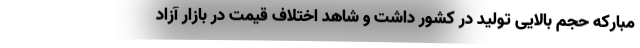
مبارکه حجم بالایی تولید در کشور داشت و شاهد اختلاف قیمت در بازار آزاد